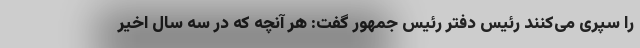
را سپری می‌کنند رئیس دفتر رئیس جمهور گفت: هر آنچه که در سه سال اخیر